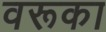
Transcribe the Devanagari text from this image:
वरूका